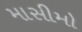
માસીમો